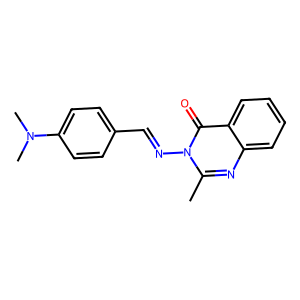
SMILES: Cc1nc2ccccc2c(=O)n1N=Cc1ccc(N(C)C)cc1
Inhibits HIV replication: No